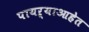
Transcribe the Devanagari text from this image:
पायऱ्याआहेत